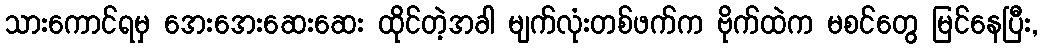
သားကောင်ရမှ အေးအေးဆေးဆေး ထိုင်တဲ့အခါ မျက်လုံးတစ်ဖက်က ဗိုက်ထဲက မစင်တွေ မြင်နေပြီး,